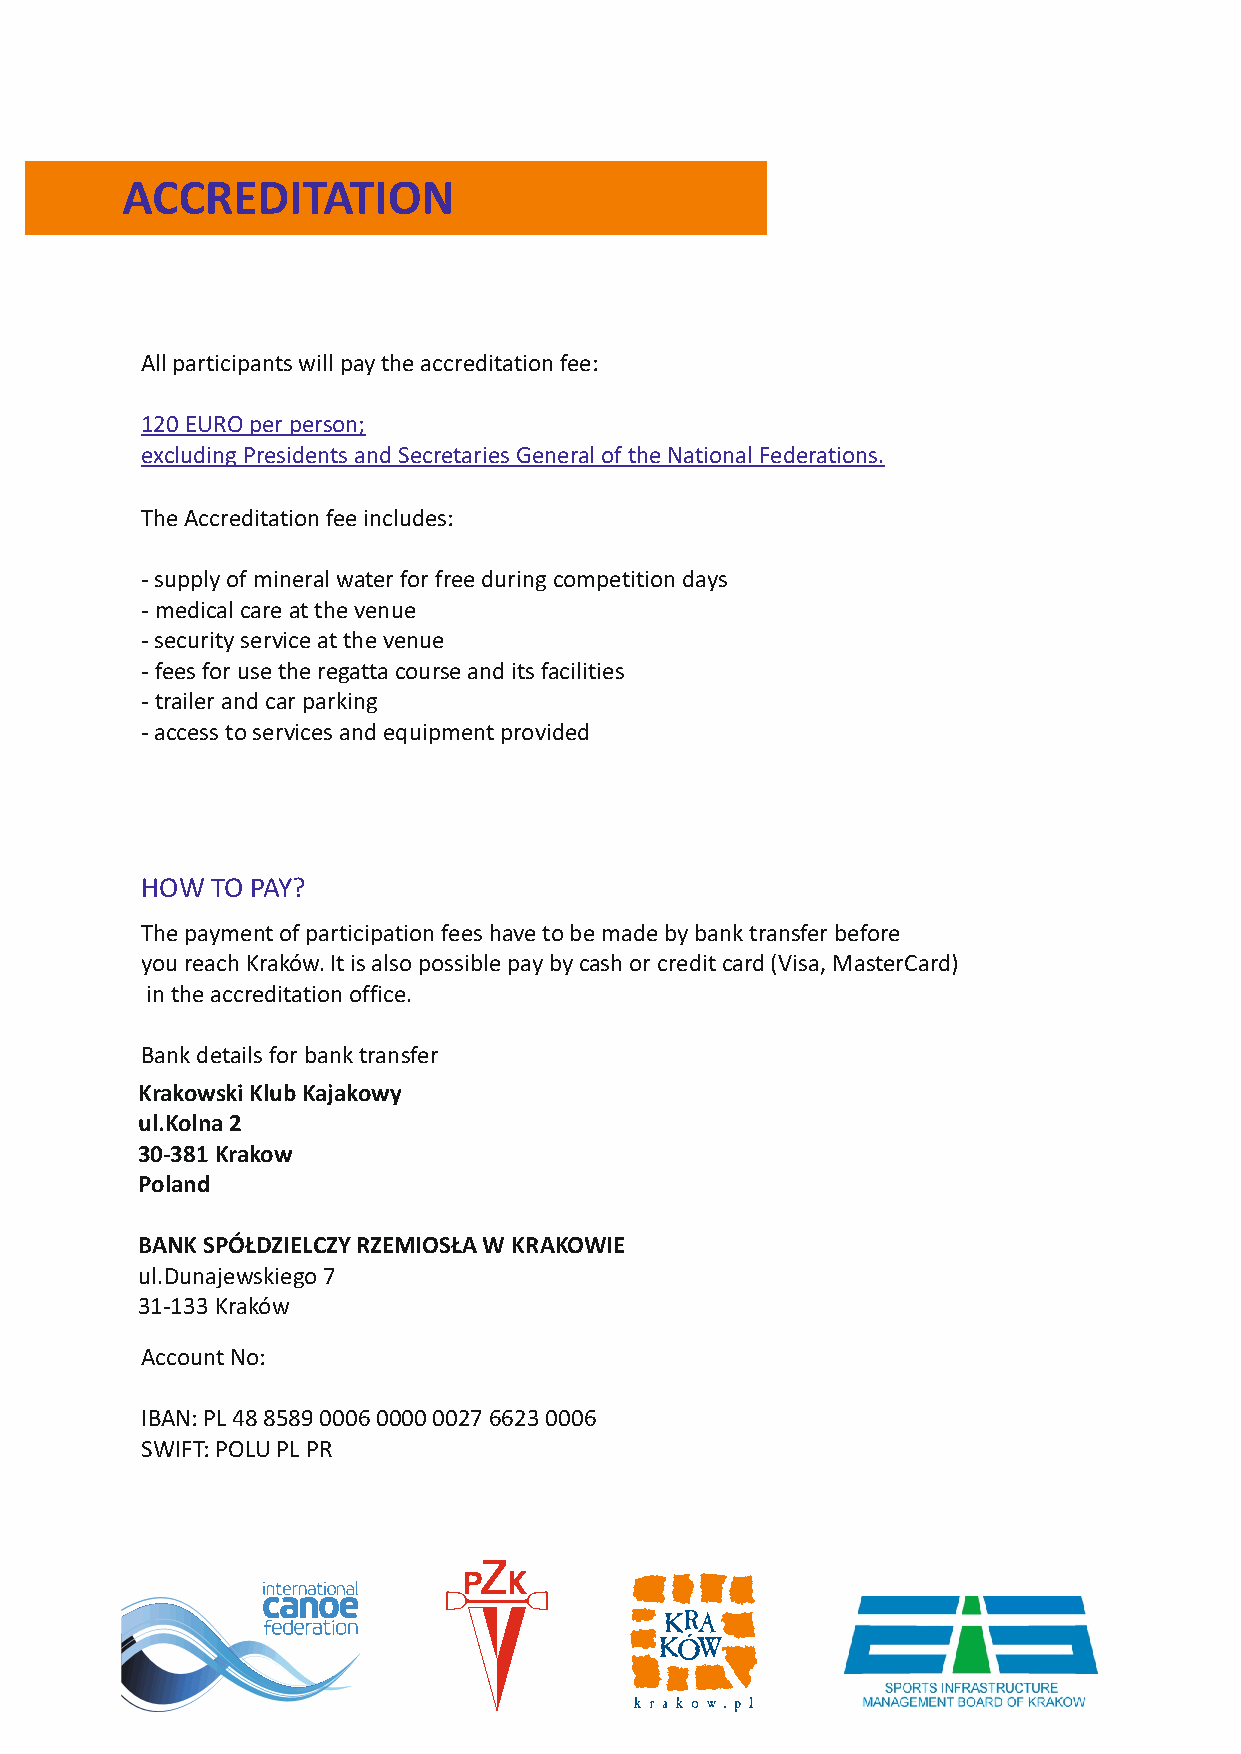
ACCREDITATION
 All participants will pay the accreditation fee:
 120 EURO per person;
 excluding Presidents and Secretaries General of the National Federations.
 The Accreditation fee includes:
 - supply of mineral water for free during competition days
 - medical care at the venue
 - security service at the venue
 - fees for use the regatta course and its facilities
 - trailer and car parking
 - access to services and equipment provided
 HOW  TO PAY?
 The payment of participation fees have to be made by bank transfer before
 you reach Kraków. It is also possible pay by cash or credit card (Visa, MasterCard)
 in the accreditation office.
 Bank details for bank transfer
 Krakowski Klub Kajakowy
 ul.Kolna 2
 30-381 Krakow
 Poland
 BANK SPÓŁDZIELCZY RZEMIOSŁA W KRAKOWIE
 ul.Dunajewskiego 7
 31-133 Kraków
 Account No:
 IBAN: PL 48 8589 0006 0000 0027 6623 0006
 SWIFT: POLU PL PR